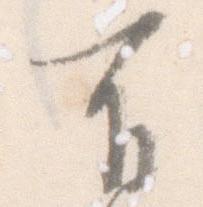
有